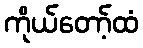
ကိုယ်တော့်ထံ